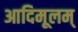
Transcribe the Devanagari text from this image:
आदिमूलम्